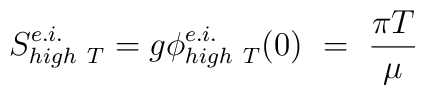
S^{e.i.}_{high~T} = g\phi^{e.i.}_{high~T}(0)~ = ~\frac{\pi T}{\mu}